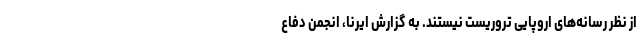
از نظر رسانه‌های اروپایی تروریست نیستند. به گزارش ایرنا، انجمن دفاع